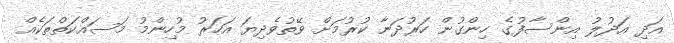
އަދި އަދުލު އިންސާފުގެ ހިންގުން ހަރުދަނާ ކުރުމަށް ވޭތުވެދިޔަ އަހަރު މުހިންމު މަސައްކަތްތަކެއް